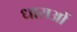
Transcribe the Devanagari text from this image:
धाराआें